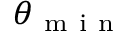
\theta _ { \mathrm { ~ m ~ i ~ n ~ } }